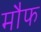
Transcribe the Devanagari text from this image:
मौफ